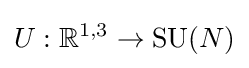
U:\mathbb {R} ^{1,3}\rightarrow {\text{SU}}(N)